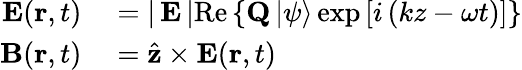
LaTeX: \begin{array}{rl}{\mathbf{E}(\mathbf{r},t)}&{{}=\left|\, \mathbf{E}\, \right|\mathrm{Re}\left\{ \mathbf{Q}\left|\psi\right\rangle\exp\left[i\left(kz-\omega t\right)\right]\right\} }\\ {\mathbf{B}(\mathbf{r},t)}&{{}={\hat{\mathbf{z}}}\times\mathbf{E}(\mathbf{r},t)}\end{array}